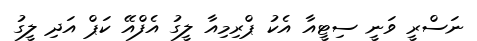
ނަސްރީ ވަނީ ސިޓީއާ އެކު ޕްރިމިއާ ލީގު އެފްއޭ ކަޕް އަދި ލީގު